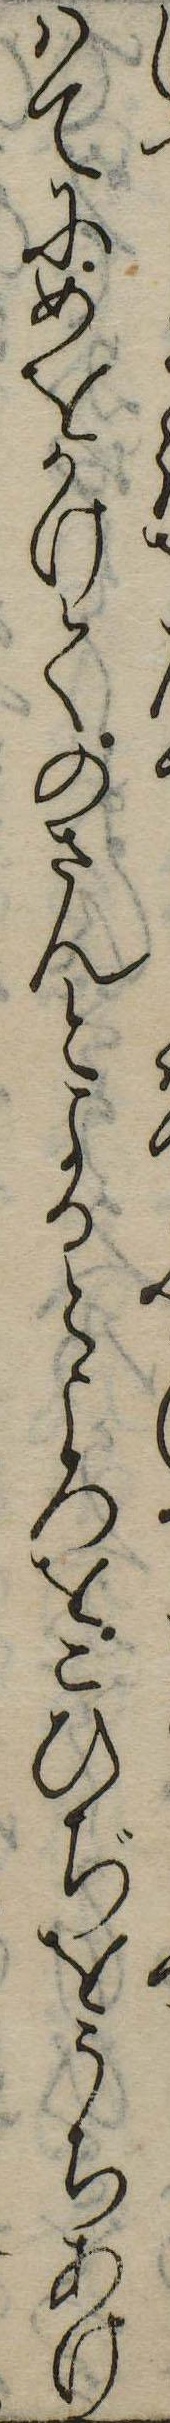
はてにめをかけてのさんとよるところをこひぢをうちあけ